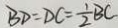
B D = D C = \frac { 1 } { 2 } B C